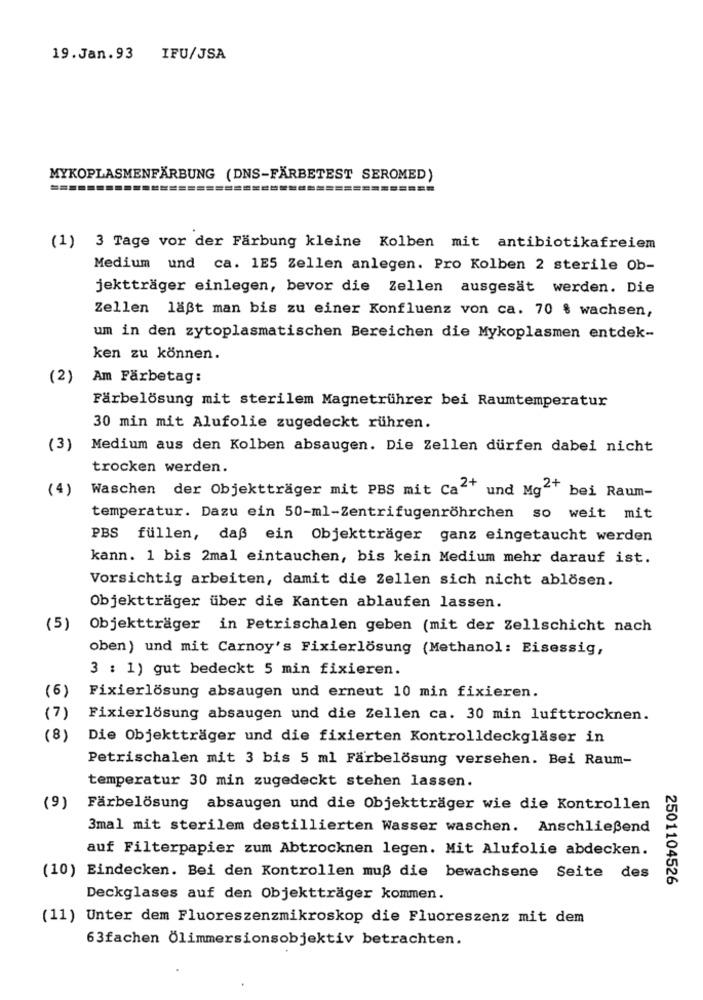
19.Jan.93
IFU/JSA
MYKOPLASMENFÄRBUNG (DNS-FÄRBETEST SEROMED)
(1) 3 Tage vor der Färbung kleine Kolben mit antibiotikafreiem
Medium und ca. 1E5 Zellen anlegen. Pro Kolben 2 sterile Ob-
jektträger einlegen, bevor die Zellen ausgesät werden. Die
Zellen läßt man bis zu einer Konfluenz von ca. 70 $ wachsen,
um in den zytoplasmatischen Bereichen die Mykoplasmen entdek-
ken zu können.
(2)
Am Farbetag:
Färbelösung mit sterilem Magnetrührer bei Raumtemperatur
30 min mit Alufolie zugedeckt rühren.
(3)
Medium aus den Kolben absaugen. Die Zellen dürfen dabei nicht
trocken werden.
(4)
Waschen der Objektträger mit PBS mit Ca"" und Mg2+
bei Raum-
temperatur. Dazu ein 50-ml-Zentrifugenröhrchen so weit mit
PBS füllen, daß ein Objektträger ganz eingetaucht werden
kann. 1 bis 2mal eintauchen, bis kein Medium mehr darauf ist.
Vorsichtig arbeiten, damit die Zellen sich nicht ablösen.
Objektträger über die Kanten ablaufen lassen.
(5)
Objektträger in Petrischalen geben (mit der Zellschicht nach
oben) und mit Carnoy's Fixierlösung (Methanol: Eisessig,
3 : 1) gut bedeckt 5 min fixieren.
(6)
Fixierlösung absaugen und erneut 10 min fixieren.
(7)
Fixierlösung absaugen und die Zellen ca. 30 min lufttrocknen.
(8)
Die Objektträger und die fixierten Kontrolldeckgläser in
Petrischalen mit 3 bis 5 ml Farbelösung versehen. Bei Raum-
temperatur 30 min zugedeckt stehen lassen.
(9)
Farbelösung absaugen und die Objektträger wie die Kontrollen
3mal mit sterilem destillierten Wasser waschen. Anschließend
auf Filterpapier zum Abtrocknen legen. Mit Alufolie abdecken.
(10) Eindecken. Bei den Kontrollen muß die bewachsene Seite des
2501104526
Deckglases auf den Objektträger kommen.
(11) Unter dem Fluoreszenzmikroskop die Fluoreszenz mit dem
63fachen Ölimmersionsobjektiv betrachten.